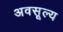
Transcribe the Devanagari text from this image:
अवसूल्य